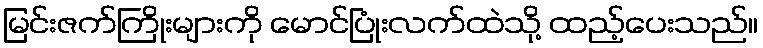
မြင်းဇက်ကြိုးများကို မောင်ပြုံးလက်ထဲသို့ ထည့်ပေးသည်။